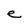
Character: e